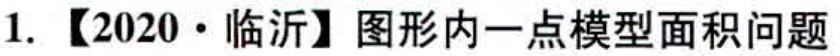
1. 【2020·临沂】图形内一点模型面积问题